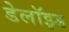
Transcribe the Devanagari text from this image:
डेलॉइड